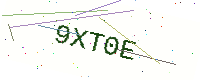
Text: 9XT0E